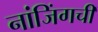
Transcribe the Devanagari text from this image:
नांजिंगची